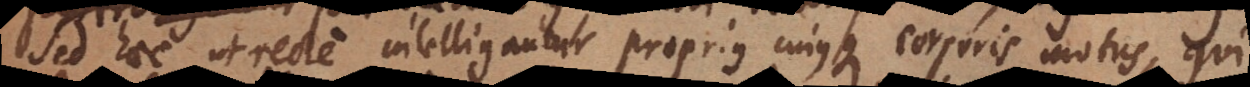
Sed haec ut recte intelligantur, proprius cujusque corporis motus, qui